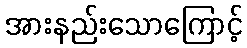
အားနည်းသောကြောင့်